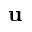
\textbf { u }